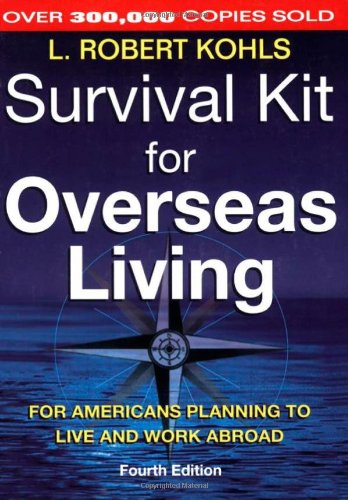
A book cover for Survival Kit for Overseas Living, 4th ed.: For Americans Planning to Live and Work Abroad; L. Robert Kohls; Travel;